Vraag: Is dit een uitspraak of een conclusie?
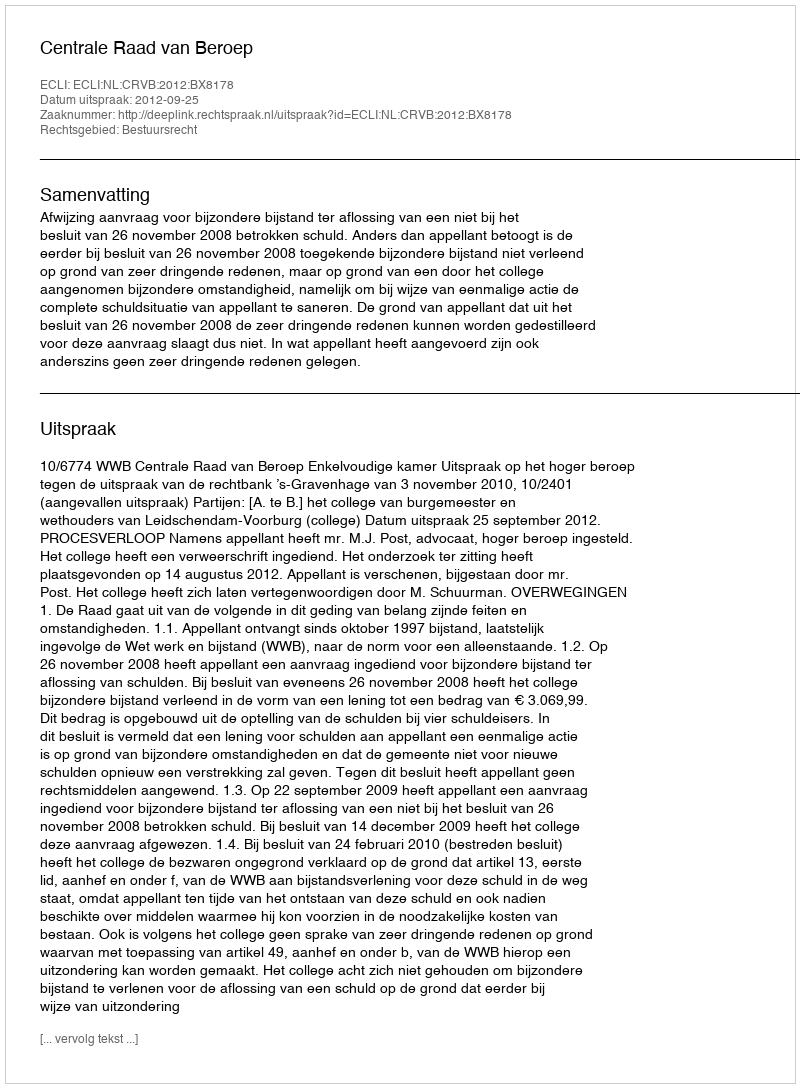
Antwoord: Uitspraak